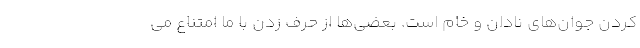
کردن جوان‌های نادان و خام است. بعضی‌ها از حرف زدن با ما امتناع می